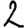
Digit: 2